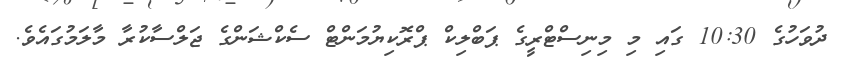
ދުވަހުގެ 10:30 ގައި މި މިނިސްޓްރީގެ ޕަބްލިކް ޕްރޮކިޔުމަންޓް ސެކްޝަންގެ ޖަލްސާކުރާ މާލަމުގައެވެ.